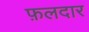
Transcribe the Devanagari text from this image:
फ़लदार